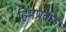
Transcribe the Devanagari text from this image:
हिमपर्वत